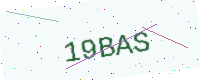
Text: 19BAS